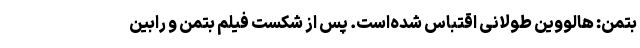
بتمن: هالووین طولانی اقتباس شده‌است. پس از شکست فیلم بتمن و رابین